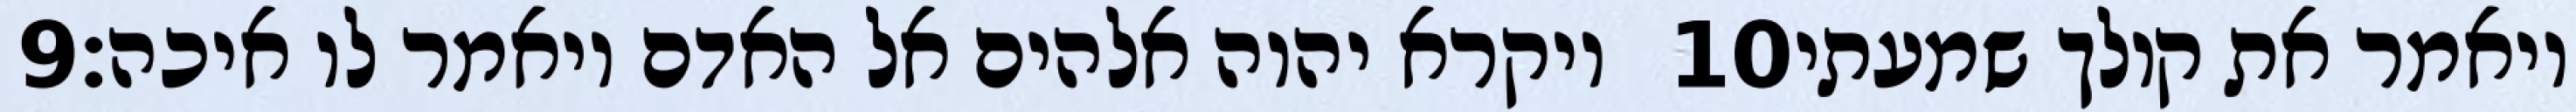
‎9‏ ויקרא יהוה אלהים אל האדם ויאמר לו איכה׃ ‎10‏ ויאמר את קולך שמעתי